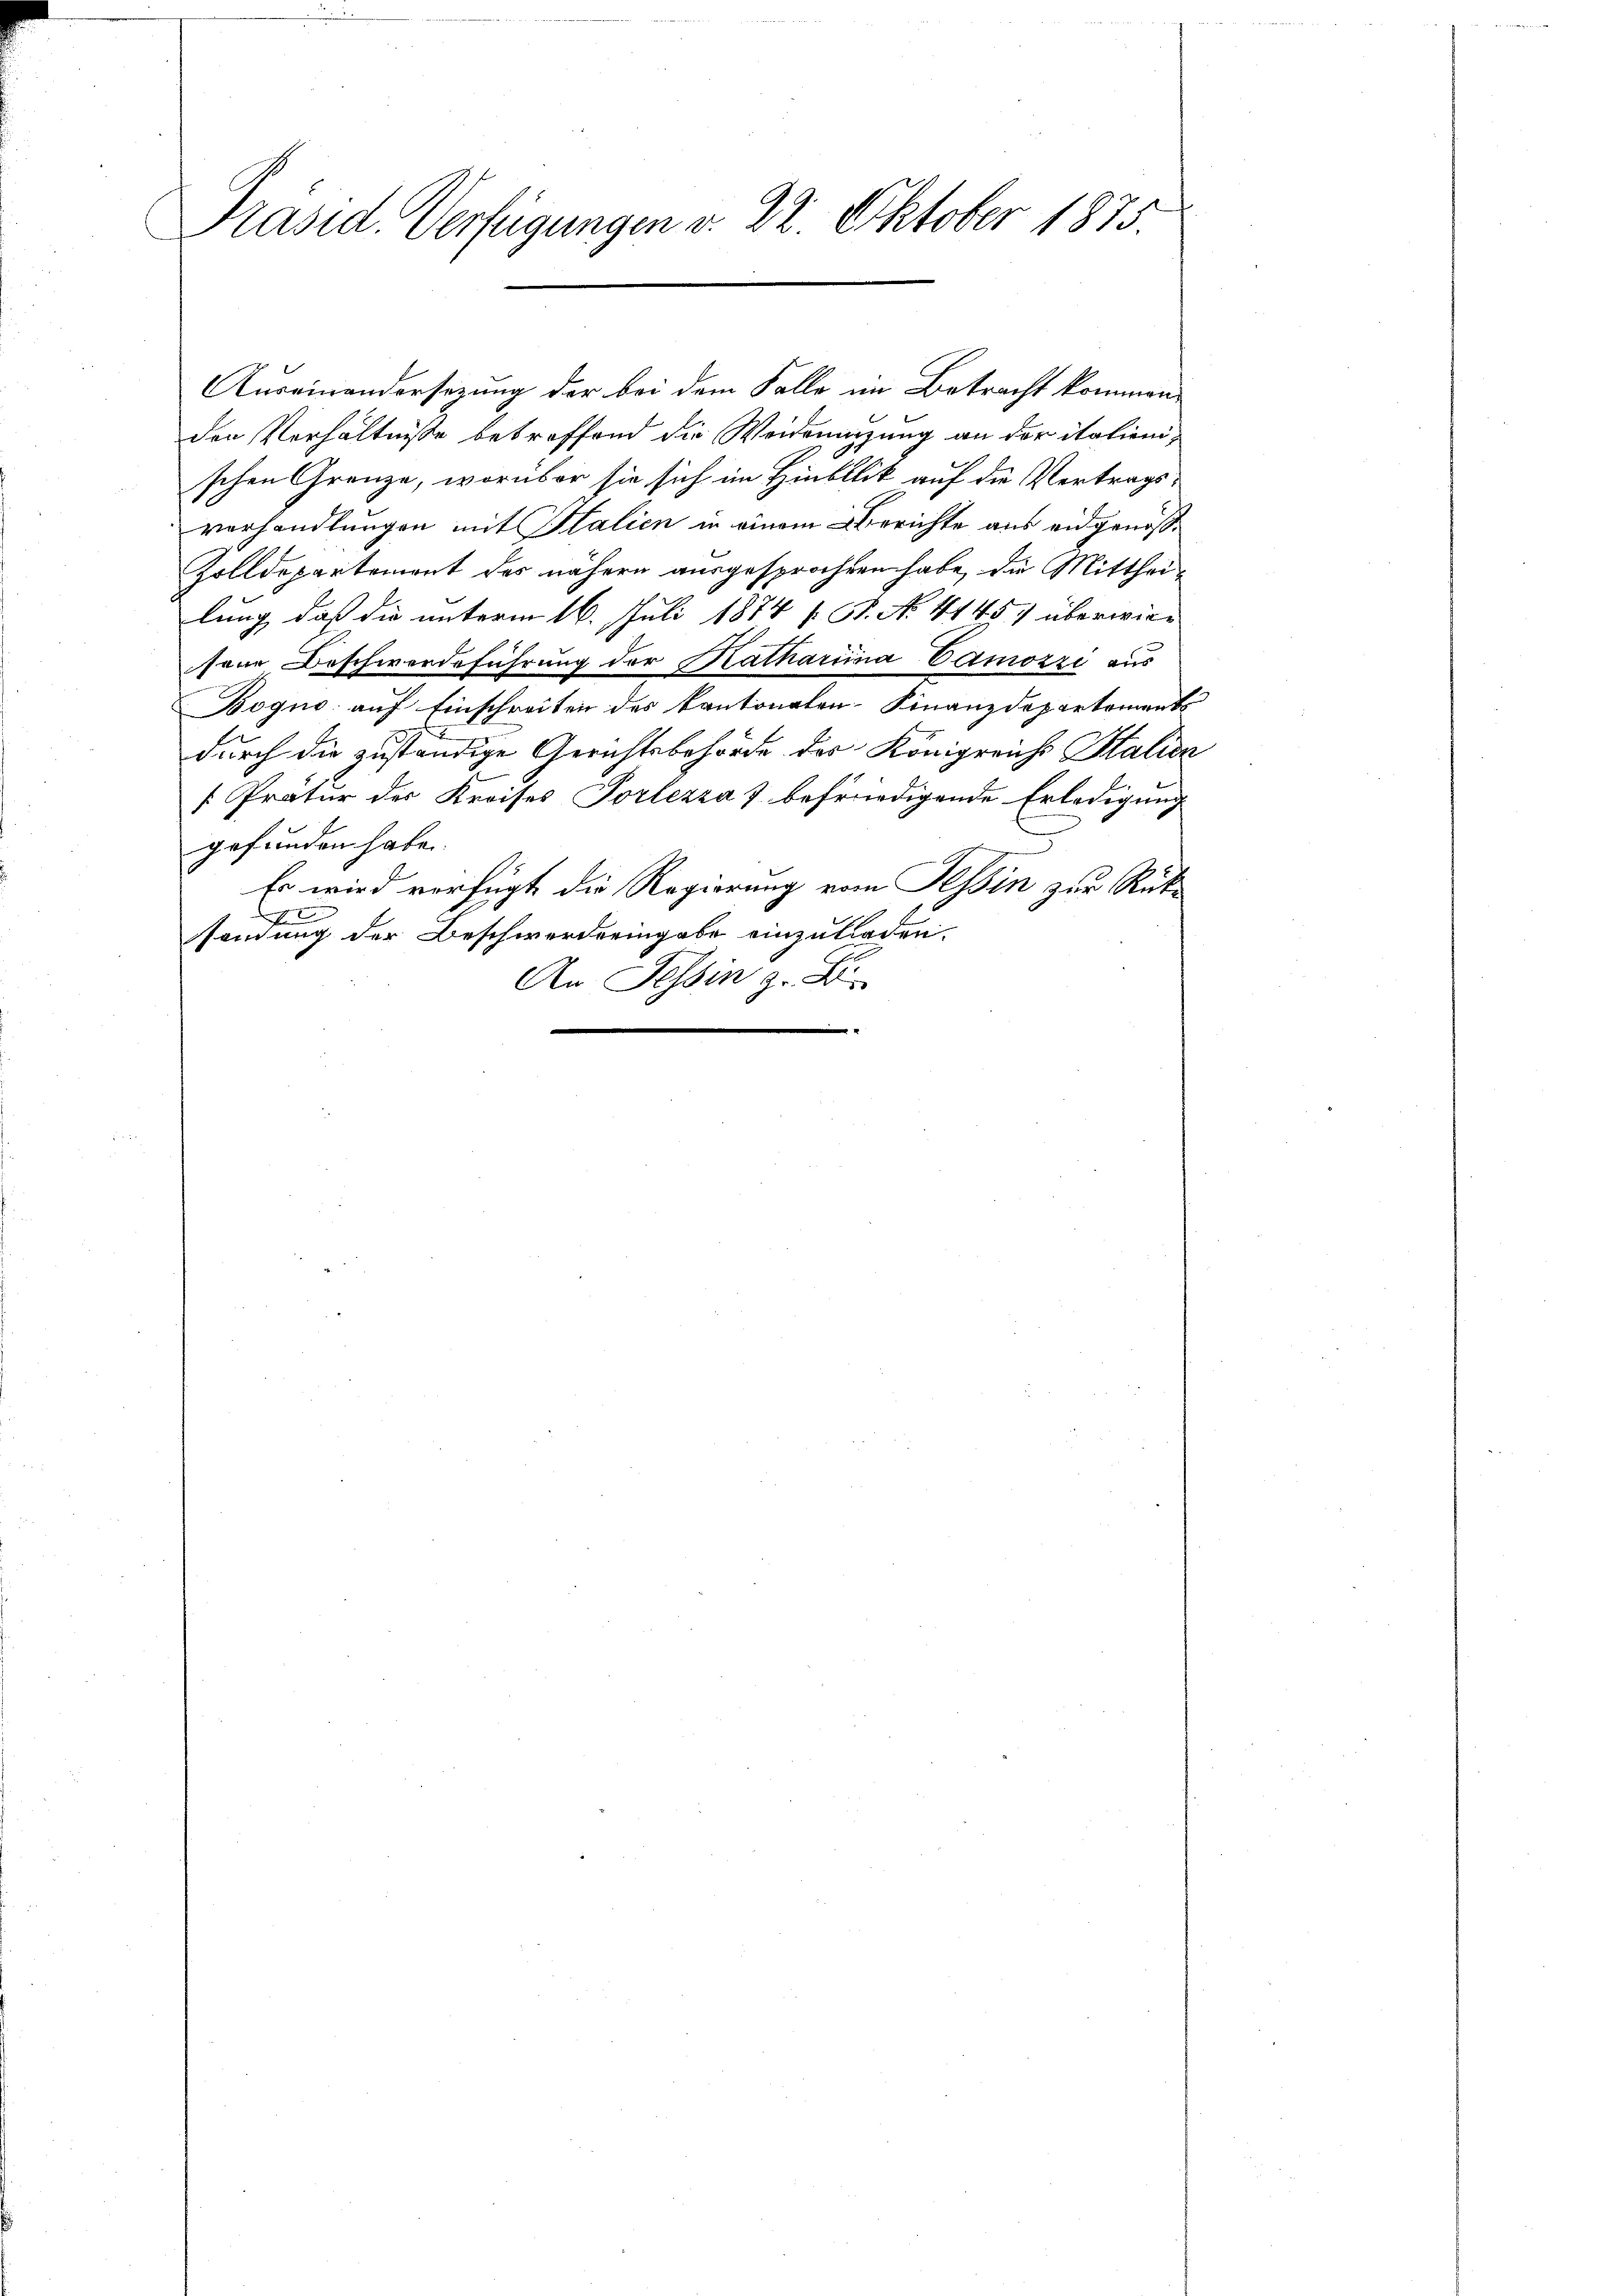
Präsid. Verfügungen v. 22. Oktober 1875.

den Verhältnisse betreffend die Weideringung an der italienischen Grenze, worüber sie sich im Hinbllik auf die Vertragsverhandlungen mit Italien in einem Berichte aus eidgenoß¬
Zolldepartemont des nähern ausgesprochen habe, die Mittheilung, daß die unterm 16. Juli 1874 s. S. No. 4145) überwiesene Beschwerdeführung der Matharina Camozzi aus
Bogno auf Einschreiten des kantonalen-Finanzdepartements
durch die zuständige Gerichtsbehörde des Königreich Halien
[Prätur der Kreises Vorlezza 7 befriedigende Erledigung
gefunden habe.
Es wird verfügt die Regierung vom Tessin zur Rükx
sendung der Beschwerderingabe einzuladen.
An Tessin z. B.
e

Auseinandersezung der bei dem Falle im Betracht kommen,